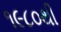
૧૯૮૦થી